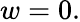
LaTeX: w=0.